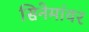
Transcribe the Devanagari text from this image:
सिनेमांवर